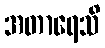
အတာရေသိ